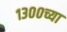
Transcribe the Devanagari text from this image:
१३००च्या